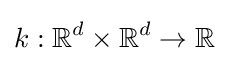
k:\mathbb {R} ^{d}\times \mathbb {R} ^{d}\to \mathbb {R}